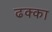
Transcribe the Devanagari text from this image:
ढक्का